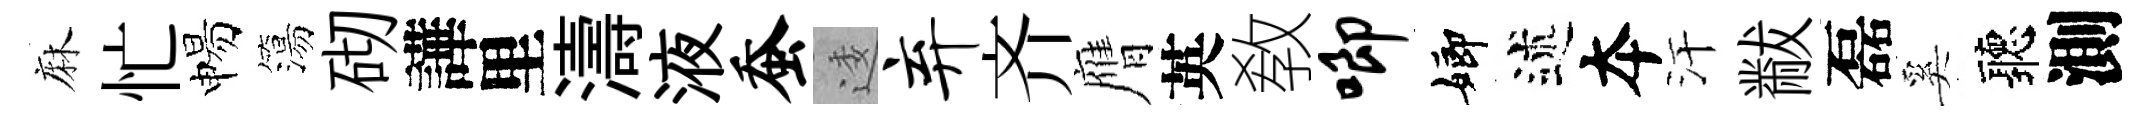
麻忙惕簜砌譁里濤液蚕逶弃齐膺英敎唧嫏述夲汗黻磊奚聽測